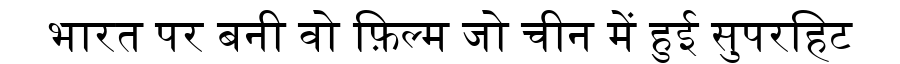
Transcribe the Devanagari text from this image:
भारत पर बनी वो फ़िल्म जो चीन में हुई सुपरहिट